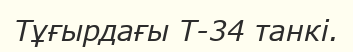
Тұғырдағы Т-34 танкі.